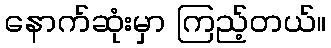
နောက်ဆုံးမှာ ကြည့်တယ်။